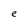
Character: e